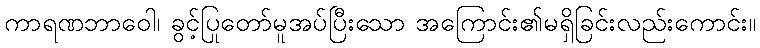
ကာရဏဘာဝေါ၊ ခွင့်ပြုတော်မူအပ်ပြီးသော အကြောင်း၏မရှိခြင်းလည်းကောင်း။